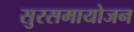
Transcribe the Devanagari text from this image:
सुरसमायोजन